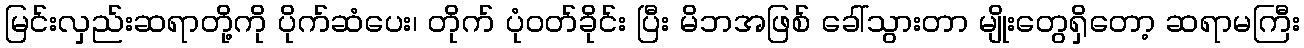
မြင်းလှည်းဆရာတို့ကို ပိုက်ဆံပေး၊ တိုက် ပုံဝတ်ခိုင်း ပြီး မိဘအဖြစ် ခေါ်သွားတာ မျိုးတွေရှိတော့ ဆရာမကြီး